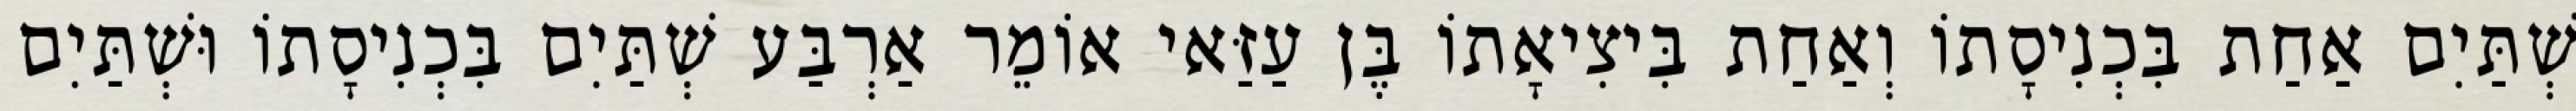
שְׁתַּיִם אַחַת בִּכְנִיסָתוֹ וְאַחַת בִּיצִיאָתוֹ בֶּן עַזַּאי אוֹמֵר אַרְבַּע שְׁתַּיִם בִּכְנִיסָתוֹ וּשְׁתַּיִם